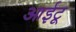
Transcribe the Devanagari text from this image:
आईटू